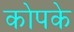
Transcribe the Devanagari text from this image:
कोपके